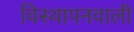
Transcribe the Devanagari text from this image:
विस्थापनवाली